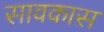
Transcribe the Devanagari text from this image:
सावकास